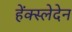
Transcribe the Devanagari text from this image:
हेंक्स्लेदेन